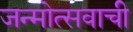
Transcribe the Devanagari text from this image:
जन्मोत्सवाची